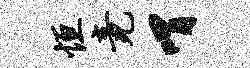
恒竟喟